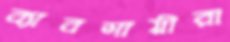
ব্যাবসায়ীরা